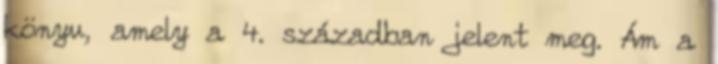
könyv, amely a 4. században jelent meg. Ám a